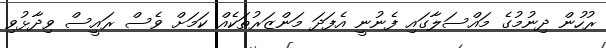
ރުހުން ދިނުމުގެ މައްސަލާގައި ފެނުނީ އެފަދަ މަންޒަރުތަކެއް ކަމަށް ވެސް ރައީސް ވިދާޅުވި